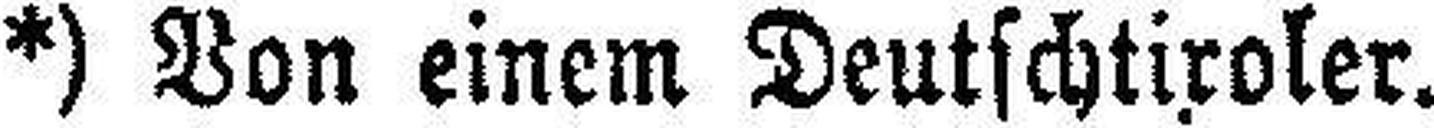
*) Von einem Deutschtiroler.